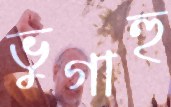
ভুগাহু